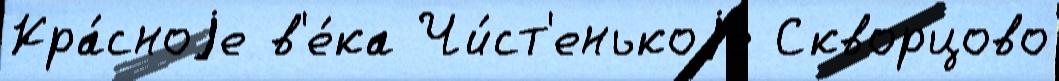
Кра́сноjе в'е́ка Чи́ст'енькоjе Скворцово